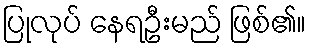
ပြုလုပ် နေရဦးမည် ဖြစ်၏။